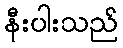
နီးပါးသည်